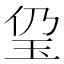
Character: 㺱